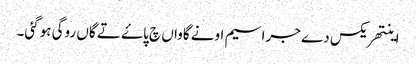
اینتھریکس دے جراسیم اونے گاواں چ پاۓ تے گاں روگی ہوگئی۔